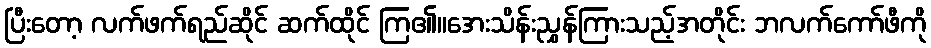
ပြီးတော့ လက်ဖက်ရည်ဆိုင် ဆက်ထိုင် ကြ၏။အေးသိန်းညွှန်ကြားသည့်အတိုင်း ဘလက်ကော်ဖီကို